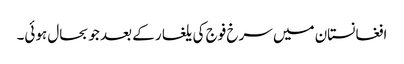
افغانستان میں سرخ فوج کی یلغار کے بعد جو بحال ہوئی۔